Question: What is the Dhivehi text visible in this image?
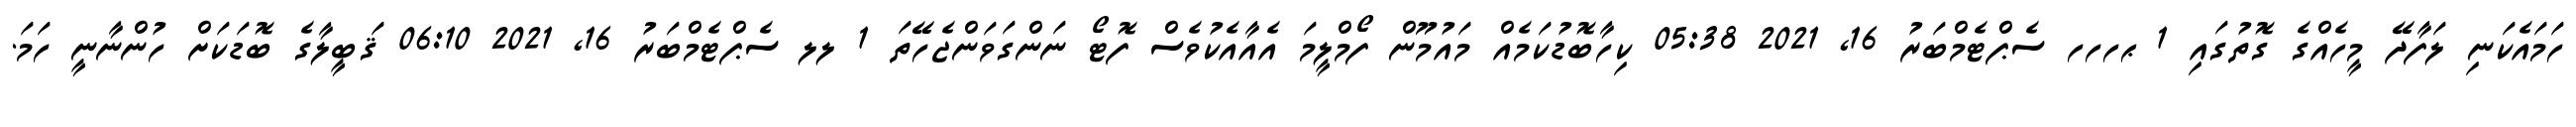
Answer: ހަމައެކަނި ލަފާދޭ މީހެއްގެ ގޮތުގައި 1 ޙހހހ ސެޕްޓެމްބަރު 16, 2021 05:38 ކިހާބޮޑުކަމެއް މައުމޫން ފޯމްލީމަ އެއާއެކުވެސް ފޮޓޯ ނަންގަވަންޖެހޭތަ 1 ލލ ސެޕްޓެމްބަރު 16, 2021 06:10 ޤަބީލާގެ ބޮޑަކަށް ހުންނާނީ ހަމަ.